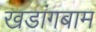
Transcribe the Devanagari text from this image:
खडांगबाम